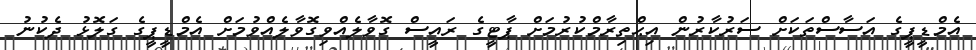
އެމްޑީޕީގެ އަސާސްތަކަށް ސަރުކާރުން އިޙްތިރާމްކުރުމަށް ޕާޓީގެ ރައީސް ގޮވާލެއްވިގޮވާލެއްވުމަށް އެމްޑީޕީގެ ގަލޮޅު ދެކުނު